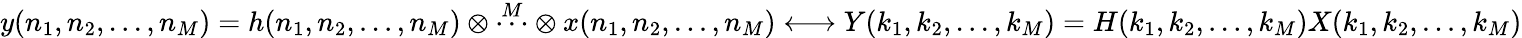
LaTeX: y(n_{1},n_{2},...,n_{M})=h(n_{1},n_{2},...,n_{M})\otimes{\overset{M}{\cdots}}\otimes x(n_{1},n_{2},...,n_{M})\longleftrightarrow Y(k_{1},k_{2},...,k_{M})=H(k_{1},k_{2},...,k_{M})X(k_{1},k_{2},...,k_{M})